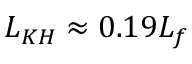
L _ { K H } \approx 0 . 1 9 L _ { f }